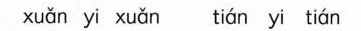
xuan yi xuan tian yi tian